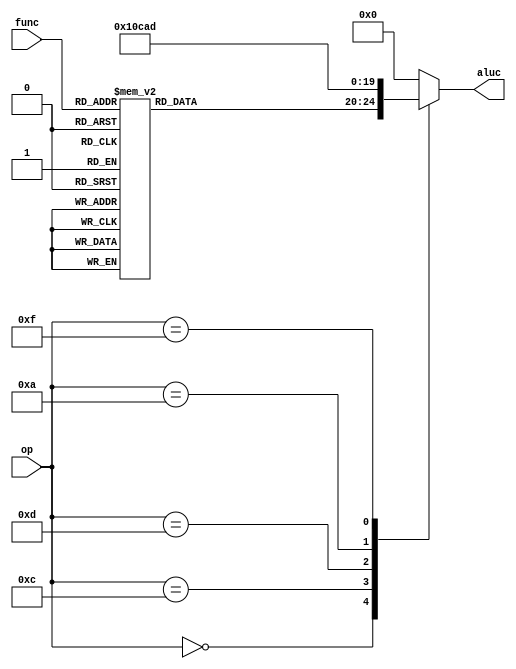
module alt_ctl(op,func,aluc
    );
	input [5:0] op,func;
	output reg [4:0] aluc;
	always @* 
	begin
		case(op)
			6'b000000 : begin //R type
				case(func)//Same op, distinguished by function code. 17 instructions
					6'b100000 : aluc =  0;	//add
					6'b100010 : aluc =  1;	//sub
					6'b100100 : aluc =  2;	//and
					6'b100101 : aluc =  3;	//or
					6'b100110 : aluc =  4;	//xor
					6'b101010 : aluc =  5;	//slt
					6'b000000 : aluc =  6;	//sll
					6'b000100 : aluc =  7;	//sllv
					6'b000011 : aluc =  8;	//sra
					6'b000111 : aluc =  9;	//srav
					6'b000010 : aluc = 10;	//srl
					6'b000110 : aluc = 11;	//srlv
					6'b000001 : aluc = 12;	//slc?
					6'b000010 : aluc = 13;	//slcv?
					6'b100111 : aluc = 14; //nor
					default   : aluc =  0;
				endcase
			end // I type
			6'b001000 : aluc =  0;	//addi
			6'b001100 : aluc =  2;	//andi
			6'b001101 : aluc =  3;	//ori
			6'b001010 : aluc =  5;	//slti
			6'b001111 : aluc =  13;//lui
			default : aluc = 0;
		endcase
	end
	
endmodule